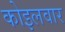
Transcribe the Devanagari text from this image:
कोइलवार